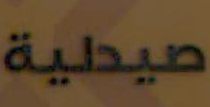
صيطية